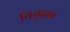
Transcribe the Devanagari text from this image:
विद्युदाग्र